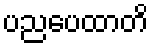
ပညပေထာတိ